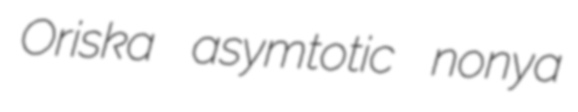
Oriska asymtotic nonya